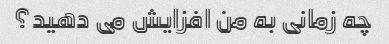
چه زمانی به من افزایش می دهید؟